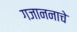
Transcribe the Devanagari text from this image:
गजाननाचे